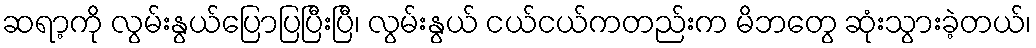
ဆရာ့ကို လွမ်းနွယ်ပြောပြပြီးပြီ၊ လွမ်းနွယ် ငယ်ငယ်ကတည်းက မိဘတွေ ဆုံးသွားခဲ့တယ်၊